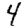
Digit: 4